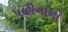
પછીનાનો